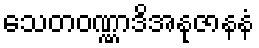
သေတဝဏ္ဏာဒိအနုဇာနနံ